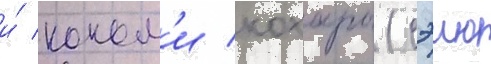
и́ коном'и кохары (сэию